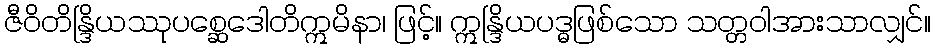
ဇီဝိတိန္ဒြိယဿုပစ္ဆေဒေါတိဣမိနာ၊ ဖြင့်။ ဣန္ဒြိယပဒ္ဓဖြစ်သော သတ္တဝါအားသာလျှင်။